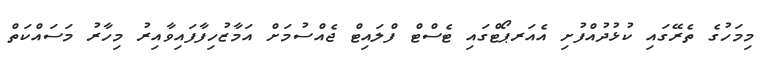
މިމަހުގެ ތެރޭގައި ކުޅުދުއްފުށި އެއަރޕޯޓްގައި ޓެސްޓް ފްލައިޓް ޖެއްސުމަށް އަމާޒުހިފާފައިވާއިރު މިހާރު މަސައްކަތް